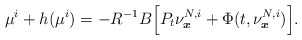
\begin{align*}\mu^i+h(\mu^i)=-R^{-1}B\Big[P_t\nu^{N,i}_{\boldsymbol{x}}+\Phi(t,\nu^{N,i}_{\boldsymbol{x}})\Big]. \end{align*}